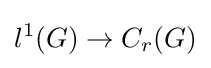
l^{1}(G)\rightarrow C_{r}(G)